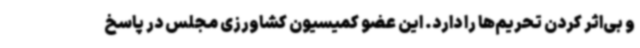
و بی‌اثر کردن تحریم‌ها را دارد. این عضو کمیسیون کشاورزی مجلس در پاسخ